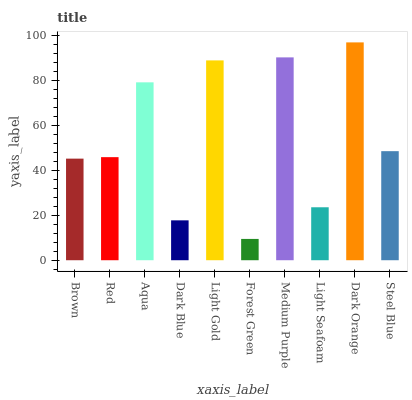
| xaxis_label | bars |
 | --- | --- |
 | Brown | 45.1 |
 | Red | 45.8 |
 | Aqua | 79 |
 | Dark Blue | 17.7 |
 | Light Gold | 88.8 |
 | Forest Green | 9.47 |
 | Medium Purple | 90.1 |
 | Light Seafoam | 23.5 |
 | Dark Orange | 96.8 |
 | Steel Blue | 48.5 |